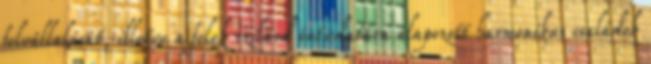
felvállalását, illetve a felek szilárd öntudatára alapozott harmonikus családok